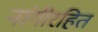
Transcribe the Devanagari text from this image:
नांगीरहित